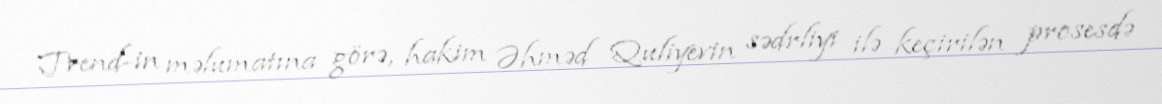
Trend-in məlumatına görə, hakim Əhməd Quliyevin sədrliyi ilə keçirilən prosesdə